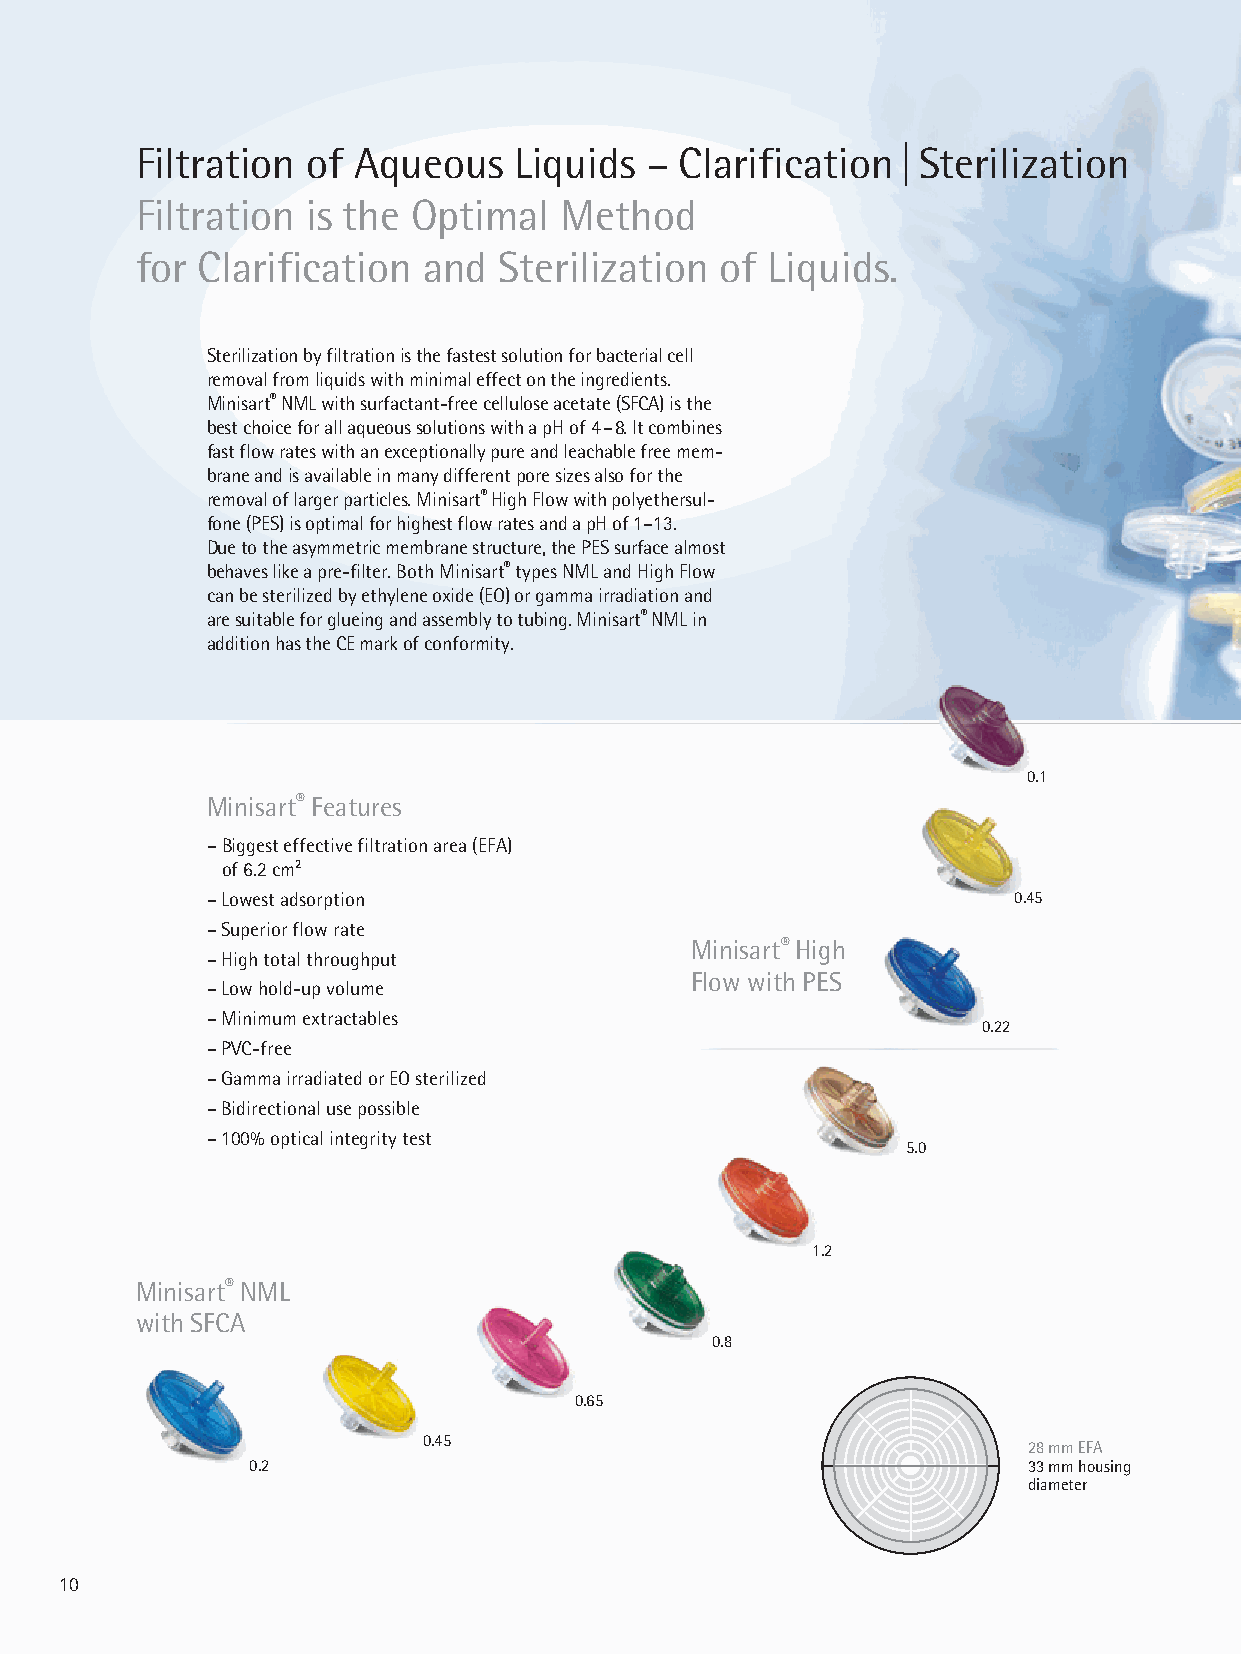
Filtration of Aqueous    Liquids  – Clarification | Sterilization
 Filtration is the Optimal   Method
 for Clarification  and  Sterilization  of Liquids.
 Sterilization by filtration is the fastest solution for bacterial cell
 removal from liquids with minimal effect on the ingredients.
 Minisart® NML with surfactant-free cellulose acetate (SFCA) is the
 best choice for all aqueous solutions with a pH of 4 – 8. It combines
 fast flow rates with an exceptionally pure and leachable free mem-
 brane and is available in many different pore sizes also for the
 removal of larger particles. Minisart® High Flow with polyethersul-
 fone (PES) is optimal for highest flow rates and a pH of 1–13.
 Due to the asymmetric membrane structure, the PES surface almost
 behaves like a pre-filter. Both Minisart® types NML and High Flow
 can be sterilized by ethylene oxide (EO) or gamma irradiation and
 are suitable for glueing and assembly to tubing. Minisart® NML in
 addition has the CE mark of conformity.
 0.1
 Minisart® Features
 – Biggest effective filtration area (EFA)
 of 6.2 cm2
 – Lowest adsorption                                  0.45
 – Superior flow rate
 Minisart® High
 – High total throughput
 Flow with PES
 – Low hold-up volume
 – Minimum extractables
 0.22
 – PVC-free
 – Gamma irradiated or EO sterilized
 – Bidirectional use possible
 – 100% optical integrity test
 5.0
 1.2
 Minisart® NML
 with SFCA
 0.8
 0.65
 0.45
 28 mm EFA
 0.2                                                 33 mm housing
 diameter
 10